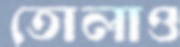
তোলাও